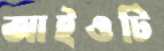
আইওটি